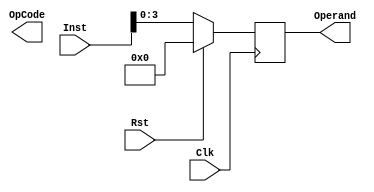
module Instruction_Register(
    input Clk, //it triggers the events at a certain edge or level
    input Rst, //if RST is ON then flipflop set to zero
    input [7:0] Inst, //It is just a input instruction signal
    output reg [3:0] OpCode, //To know the type arithmetic instruction has to do
    output reg [3:0] Operand //It helps Opcode to perform the specific operation
);
reg [7:0] Register; //It is used to store the instruction
//Register will be updated on every positive edge of clk
always @ (posedge Clk) begin
    if (Rst) 
        Register <= 8'b00000000; //If rst==1 then Register set to zero
    else 
        Register <= Inst; //if rst==0 then Register should be fetched with instruction
end
//[7:0]Inst=[7:4]Opcode + [3:0] Operand
assign {Opcode, Operand} = Register[7:0]; //”{}” it denotes concatenation so [7:4] bits assigned to Opcode and [3:0] bits assigned to Operand
endmodule